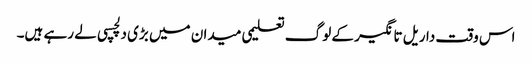
اس وقت داریل تانگیر کے لوگ تعلیمی میدان میں بڑی دلچسپی لے رہے ہیں۔